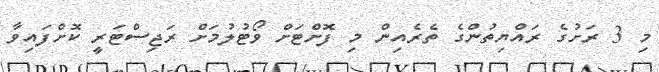
މި 3 ރަށުގެ ރައްޔިތުންގެ ތެރެއިން މި ފޮށްޓަށް ވޯޓުލުމަށް ރަޖިސްޓަރީ ކޮށްފައިވާ